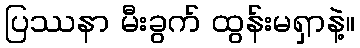
ပြဿနာ မီးခွက် ထွန်းမရှာနဲ့။